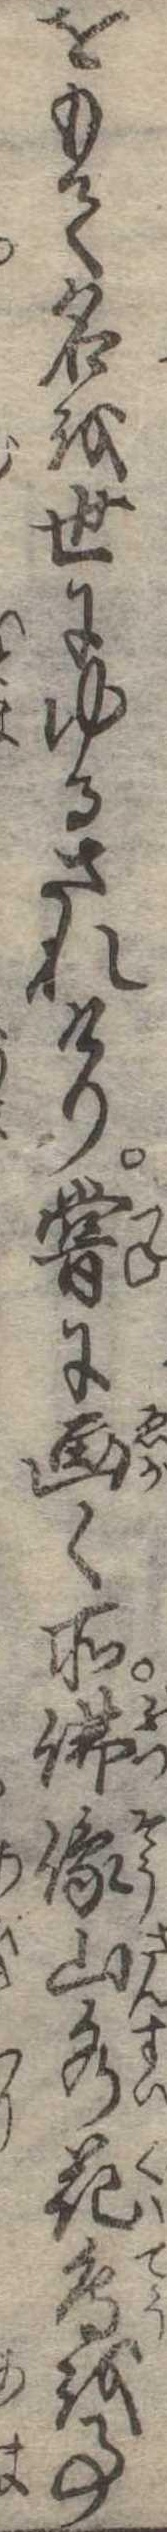
をもて名を世にゆるされけり嘗に画く所仏像山水花鳥を事